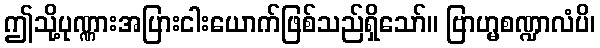
ဤသို့ပုဏ္ဏားအပြားငါးယောက်ဖြစ်သည်ရှိသော်။ ဗြာဟ္မစဏ္ဍာလံပိ၊